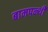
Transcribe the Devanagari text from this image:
बामपन्थी